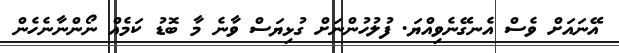
އޭނައަށް ވެސް އެނގޭނެވިއްޔަ. ފުލުހުންނަށް ގުޅިޔަސް ވާނެ މާ ބޮޑު ކަމެއް ނޯންނާނެހެން